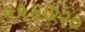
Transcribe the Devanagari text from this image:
५५६७२०